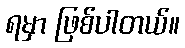
ရမှာ ဖြစ်ပါတယ်။